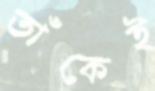
তাঁকেই